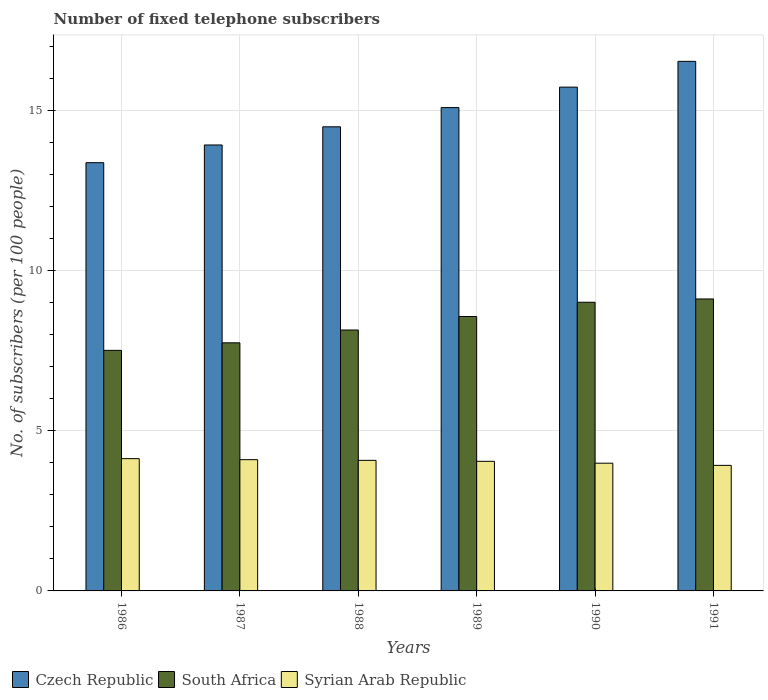
| Years | Czech Republic | South Africa | Syrian Arab Republic |
 | --- | --- | --- | --- |
 | 1986 | 13.4 | 7.51 | 4.13 |
 | 1987 | 13.9 | 7.74 | 4.1 |
 | 1988 | 14.5 | 8.14 | 4.08 |
 | 1989 | 15.1 | 8.56 | 4.05 |
 | 1990 | 15.7 | 9.01 | 3.99 |
 | 1991 | 16.5 | 9.11 | 3.92 |